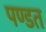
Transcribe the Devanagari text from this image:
पण्डत